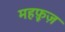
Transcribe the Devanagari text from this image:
महफ़ूज़